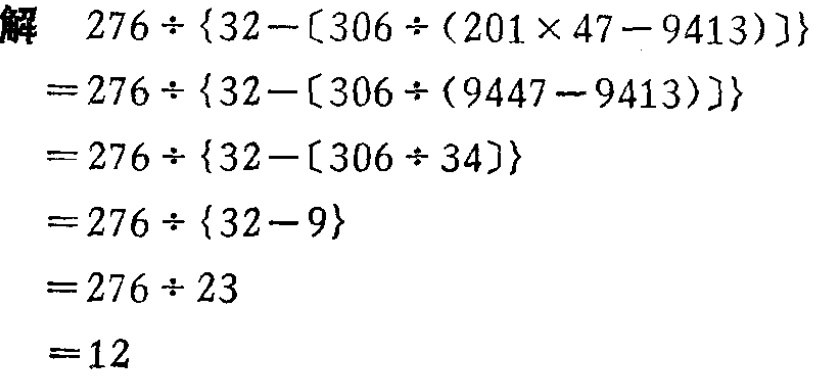
解 \(276\div\{32 - [306\div(201\times47 - 9413)]\}\)

\(=276\div\{32 - [306\div(9447 - 9413)]\}\)

\(=276\div\{32 - [306\div34]\}\)

\(=276\div\{32 - 9\}\)

\(=276\div23\)

\(=12\)